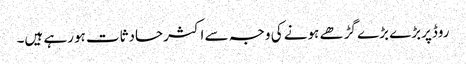
روڈپربڑے بڑے گڑھے ہونے کی وجہ سے اکثرحادثات ہورہے ہیں۔